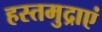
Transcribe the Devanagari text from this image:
हस्तमुद्राएं